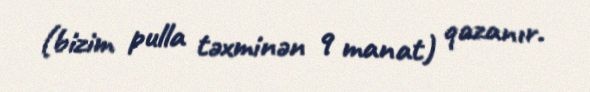
(bizim pulla təxminən 9 manat) qazanır.